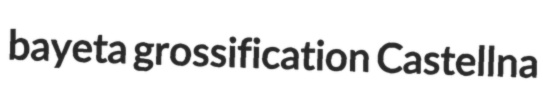
bayeta grossification Castellna